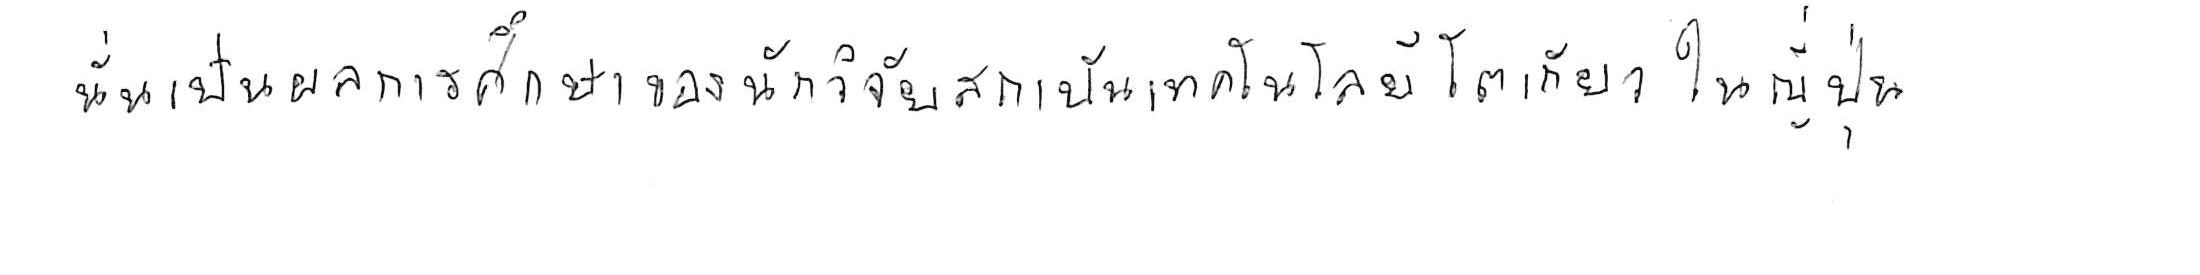
นั่นเป็นผลการศึกษาของนักวิจัยสถาบันเทคโนโลยีโตเกียว ในญี่ปุ่น